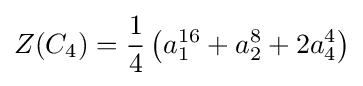
Z(C_{4})={\frac {1}{4}}\left(a_{1}^{16}+a_{2}^{8}+2a_{4}^{4}\right)